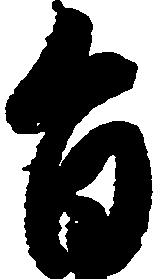
旨